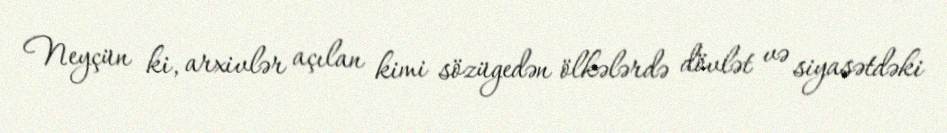
Neyçün ki, arxivlər açılan kimi sözügedən ölkələrdə dövlət və siyasətdəki